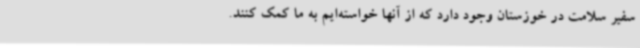
سفیر سلامت در خوزستان وجود دارد که از آنها خواسته‌ایم به ما کمک کنند.